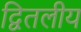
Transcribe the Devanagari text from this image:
द्वितलीय